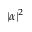
| \alpha | ^ { 2 }